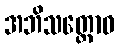
အဘိသတ္တောဝ